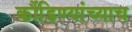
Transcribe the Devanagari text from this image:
कौंडिण्यांच्याच